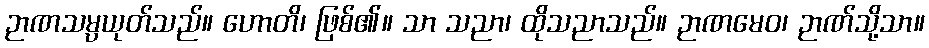
ဉာဏသမ္ပယုတ်သည်။ ဟောတိ၊ ဖြစ်၏။ သာ သညာ၊ ထိုသညာသည်။ ဉာဏမေဝ၊ ဉာဏ်သို့သာ။